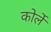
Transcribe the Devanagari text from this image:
कोर्ले